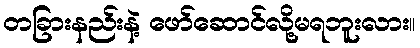
တခြားနည်းနဲ့ ဖော်ဆောင်လို့မရဘူးလား။